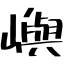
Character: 嶼